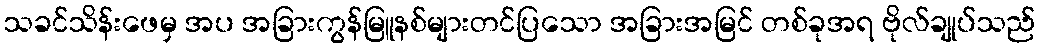
သခင်သိန်းဖေမှ အပ အခြားကွန်မြူနစ်များတင်ပြသော အခြားအမြင် တစ်ခုအရ ဗိုလ်ချုပ်သည်